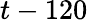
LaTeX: t-120